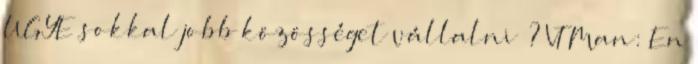
UGYE sokkal jobb közösséget vállalni ? VT Man: En